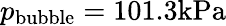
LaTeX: p_{\mathrm{{bubble}}}=101.3\mathrm{{kPa}}